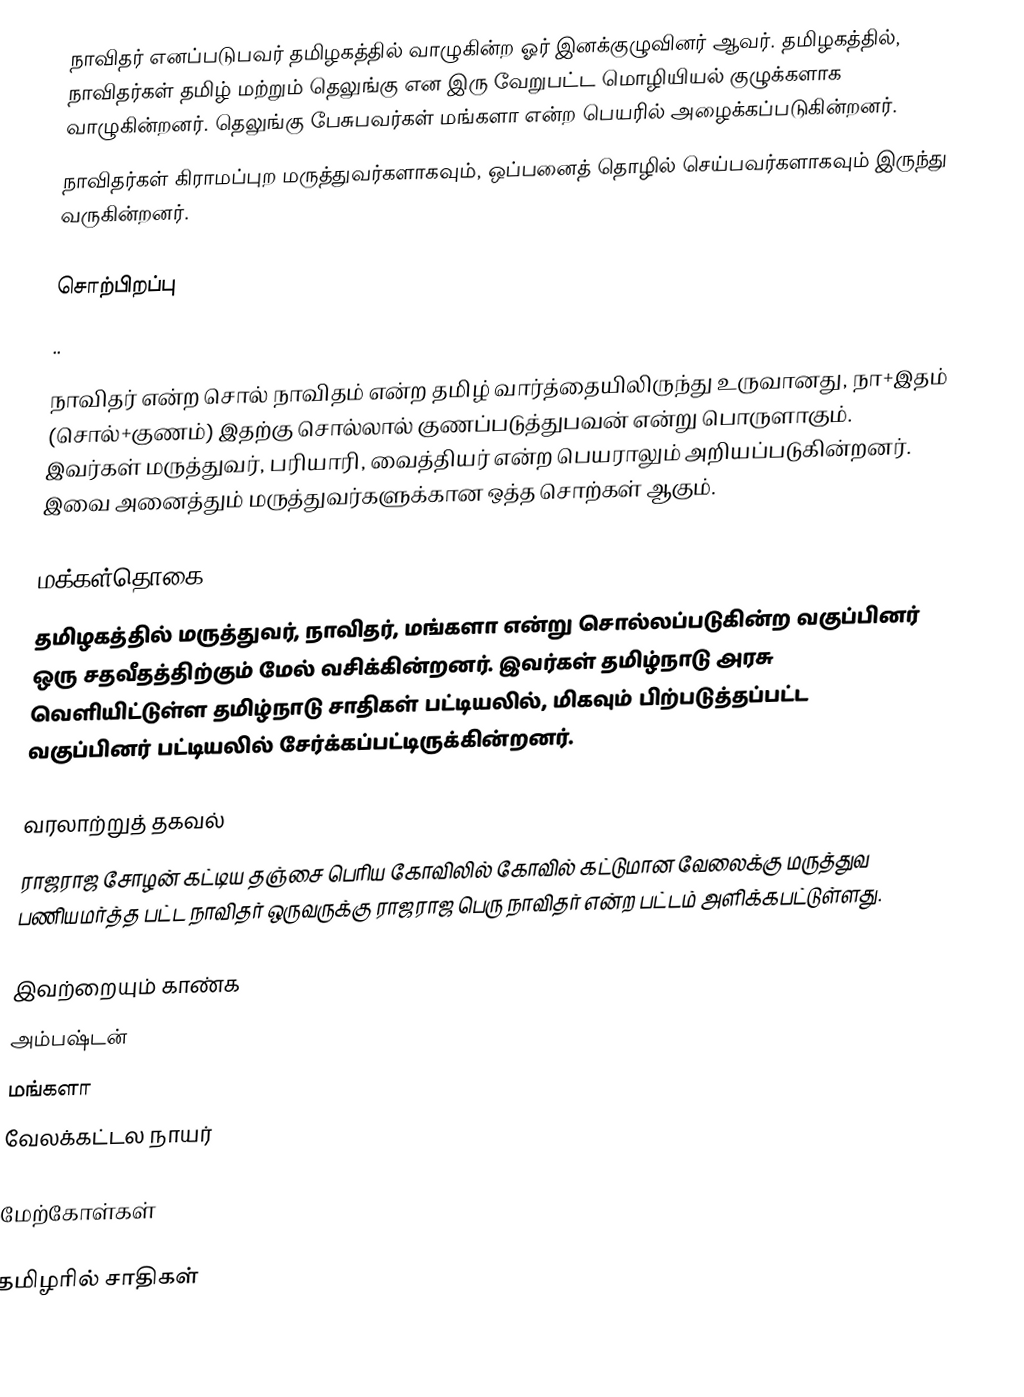
நாவிதர் எனப்படுபவர் தமிழகத்தில் வாழுகின்ற ஓர் இனக்குழுவினர் ஆவர். தமிழகத்தில், நாவிதர்கள் தமிழ் மற்றும் தெலுங்கு என இரு வேறுபட்ட மொழியியல் குழுக்களாக வாழுகின்றனர். தெலுங்கு பேசுபவர்கள் மங்களா என்ற பெயரில் அழைக்கப்படுகின்றனர்.
 நாவிதர்கள் கிராமப்புற மருத்துவர்களாகவும், ஒப்பனைத் தொழில் செய்பவர்களாகவும் இருந்து வருகின்றனர்.

சொற்பிறப்பு
..

நாவிதர் என்ற சொல் நாவிதம் என்ற தமிழ் வார்த்தையிலிருந்து உருவானது, நா+இதம் (சொல்+குணம்) இதற்கு சொல்லால் குணப்படுத்துபவன்  என்று பொருளாகும். இவர்கள் மருத்துவர், பரியாரி, வைத்தியர் என்ற பெயராலும் அறியப்படுகின்றனர். இவை அனைத்தும் மருத்துவர்களுக்கான ஒத்த சொற்கள் ஆகும்.

மக்கள்தொகை
தமிழகத்தில் மருத்துவர், நாவிதர், மங்களா என்று சொல்லப்படுகின்ற வகுப்பினர் ஒரு சதவீதத்திற்கும் மேல் வசிக்கின்றனர். இவர்கள் தமிழ்நாடு அரசு வெளியிட்டுள்ள தமிழ்நாடு சாதிகள் பட்டியலில், மிகவும் பிற்படுத்தப்பட்ட வகுப்பினர் பட்டியலில் சேர்க்கப்பட்டிருக்கின்றனர்.

வரலாற்றுத் தகவல்
ராஜராஜ சோழன் கட்டிய தஞ்சை பெரிய கோவிலில் கோவில் கட்டுமான வேலைக்கு மருத்துவ  பணியமர்த்த பட்ட நாவிதர் ஒருவருக்கு ராஜராஜ பெரு நாவிதர் என்ற பட்டம் அளிக்கபட்டுள்ளது.

இவற்றையும் காண்க
 அம்பஷ்டன்
 மங்களா
 வேலக்கட்டல நாயர்

மேற்கோள்கள்

தமிழரில் சாதிகள்